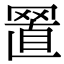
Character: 𦋘